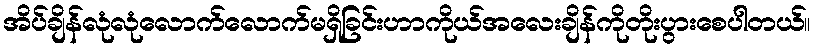
အိပ်ချိန်လုံလုံလောက်လောက်မရှိခြင်းဟာကိုယ်အလေးချိန်ကိုတိုးပွားစေပါတယ်။